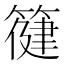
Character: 𮅿